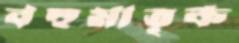
বহুমাতৃক